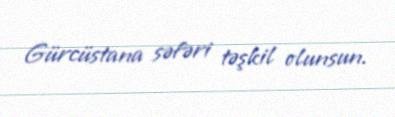
Gürcüstana səfəri təşkil olunsun.